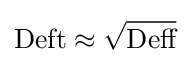
{\text{Deft}}\approx {\sqrt {\text{Deff}}}